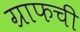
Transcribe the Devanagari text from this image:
ग्राफची